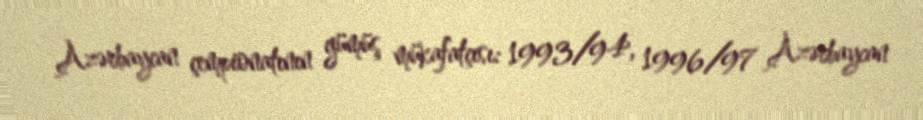
Azərbaycan çempionatının gümüş mükafatçısı: 1993/94, 1996/97 Azərbaycan